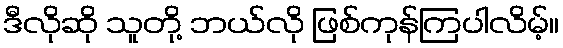
ဒီလိုဆို သူတို့ ဘယ်လို ဖြစ်ကုန်ကြပါလိမ့်။